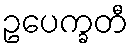
ဥပေက္ခတီ